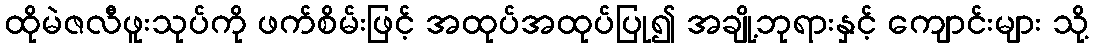
ထိုမဲဇလီဖူးသုပ်ကို ဖက်စိမ်းဖြင့် အထုပ်အထုပ်ပြု၍ အချို့ဘုရားနှင့် ကျောင်းများ သို့